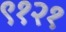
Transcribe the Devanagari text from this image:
९१२१